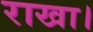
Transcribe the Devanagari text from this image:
राखा।